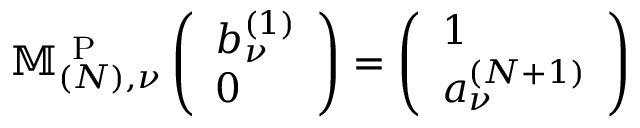
\mathbb { M } _ { ( N ) , \nu } ^ { \mathrm { ~ P ~ } } \left( \begin{array} { l } { b _ { \nu } ^ { ( 1 ) } } \\ { 0 } \end{array} \right) = \left( \begin{array} { l } { 1 } \\ { a _ { \nu } ^ { ( N + 1 ) } } \end{array} \right)